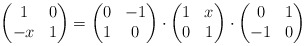
\begin{align*}\left(\begin{matrix} 1&0\\-x&1\end{matrix}\right)=\left(\begin{matrix} 0&-1\\1&0\end{matrix}\right)\cdot\left(\begin{matrix} 1&x\\0&1\end{matrix}\right)\cdot\left(\begin{matrix} 0&1\\-1&0\end{matrix}\right)\end{align*}